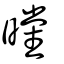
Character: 曭